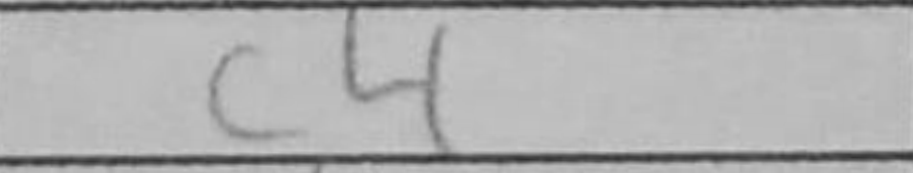
Transcription: c4